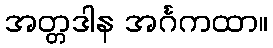
အတ္တဒါန အင်္ဂကထာ။